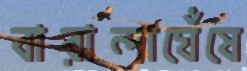
বারান্দাঘেঁষে